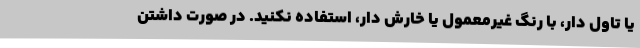
یا تاول دار، با رنگ غیرمعمول یا خارش دار، استفاده نکنید. در صورت داشتن